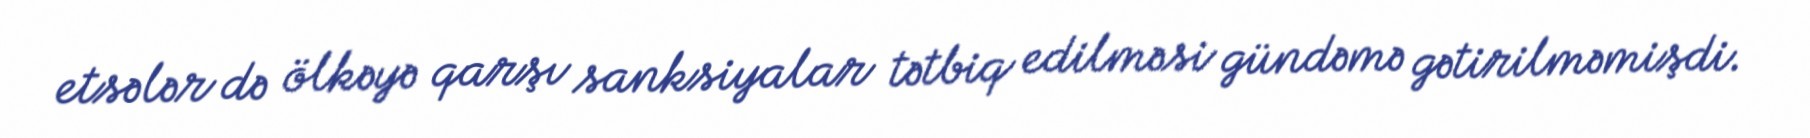
etsələr də ölkəyə qarşı sanksiyalar tətbiq edilməsi gündəmə gətirilməmişdi.